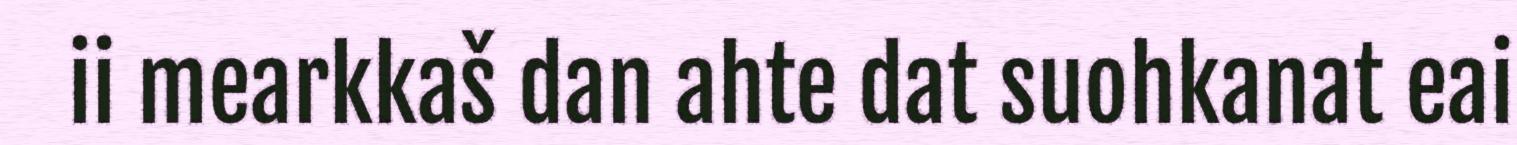
ii mearkkaš dan ahte dat suohkanat eai